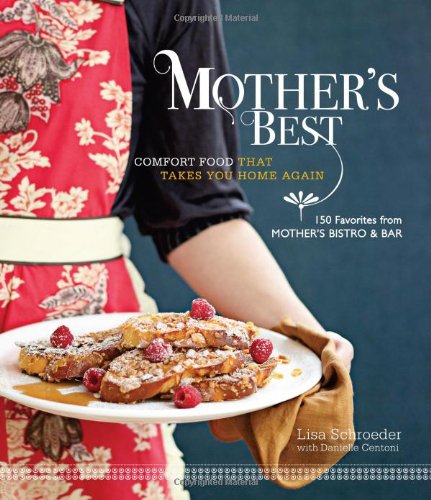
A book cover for Mother's Best: Comfort Food That Takes You Home Again; Lisa Schroeder; Cookbooks, Food & Wine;